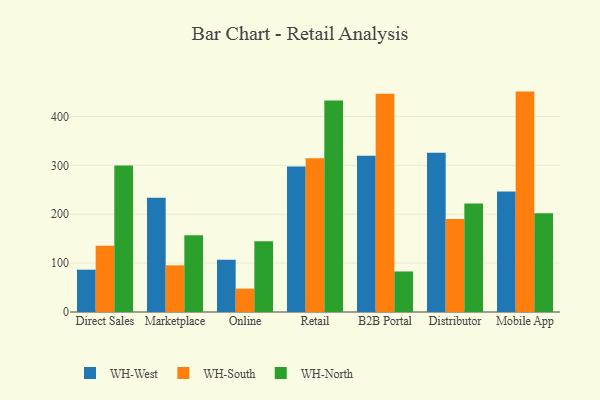
{"axis": {"x": "Channel", "y": "Shipments"}, "legend": ["WH-North", "WH-South", "WH-West"], "data": [{"x": "Direct Sales", "y": 86.6, "type": "WH-West"}, {"x": "Direct Sales", "y": 135.7, "type": "WH-South"}, {"x": "Direct Sales", "y": 299.8, "type": "WH-North"}, {"x": "Marketplace", "y": 233.9, "type": "WH-West"}, {"x": "Marketplace", "y": 95.5, "type": "WH-South"}, {"x": "Marketplace", "y": 157.3, "type": "WH-North"}, {"x": "Online", "y": 106.8, "type": "WH-West"}, {"x": "Online", "y": 47.8, "type": "WH-South"}, {"x": "Online", "y": 144.6, "type": "WH-North"}, {"x": "Retail", "y": 297.7, "type": "WH-West"}, {"x": "Retail", "y": 314.7, "type": "WH-South"}, {"x": "Retail", "y": 433.1, "type": "WH-North"}, {"x": "B2B Portal", "y": 320.0, "type": "WH-West"}, {"x": "B2B Portal", "y": 446.6, "type": "WH-South"}, {"x": "B2B Portal", "y": 83.0, "type": "WH-North"}, {"x": "Distributor", "y": 326.1, "type": "WH-West"}, {"x": "Distributor", "y": 190.6, "type": "WH-South"}, {"x": "Distributor", "y": 222.3, "type": "WH-North"}, {"x": "Mobile App", "y": 246.6, "type": "WH-West"}, {"x": "Mobile App", "y": 451.1, "type": "WH-South"}, {"x": "Mobile App", "y": 201.9, "type": "WH-North"}]}